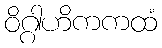
ဝိဂ္ဂါဟိကကထံ